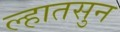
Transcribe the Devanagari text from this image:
ल्हातसुन